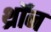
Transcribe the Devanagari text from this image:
थ्रॉन